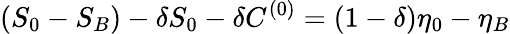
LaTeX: (S_{0}-S_{B})-\delta S_{0}-\delta C^{(0)}=(1-\delta)\eta_{0}-\eta_{B}